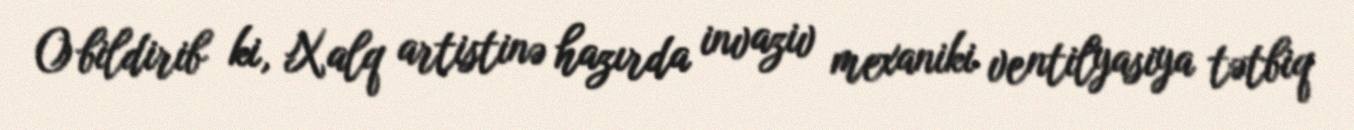
O bildirib ki, Xalq artistinə hazırda invaziv mexaniki ventilyasiya tətbiq